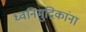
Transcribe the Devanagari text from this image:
ध्वनिमुद्रिकांना